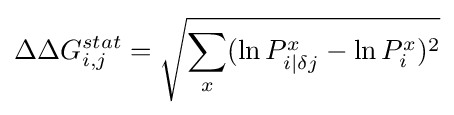
\Delta \Delta G_{i,j}^{stat}={\sqrt {\sum _{x}(\ln P_{i|\delta j}^{x}-\ln P_{i}^{x})^{2}}}